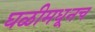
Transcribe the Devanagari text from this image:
घळीमधूनच